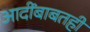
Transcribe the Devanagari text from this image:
आदींबाबतही